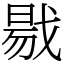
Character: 㦹